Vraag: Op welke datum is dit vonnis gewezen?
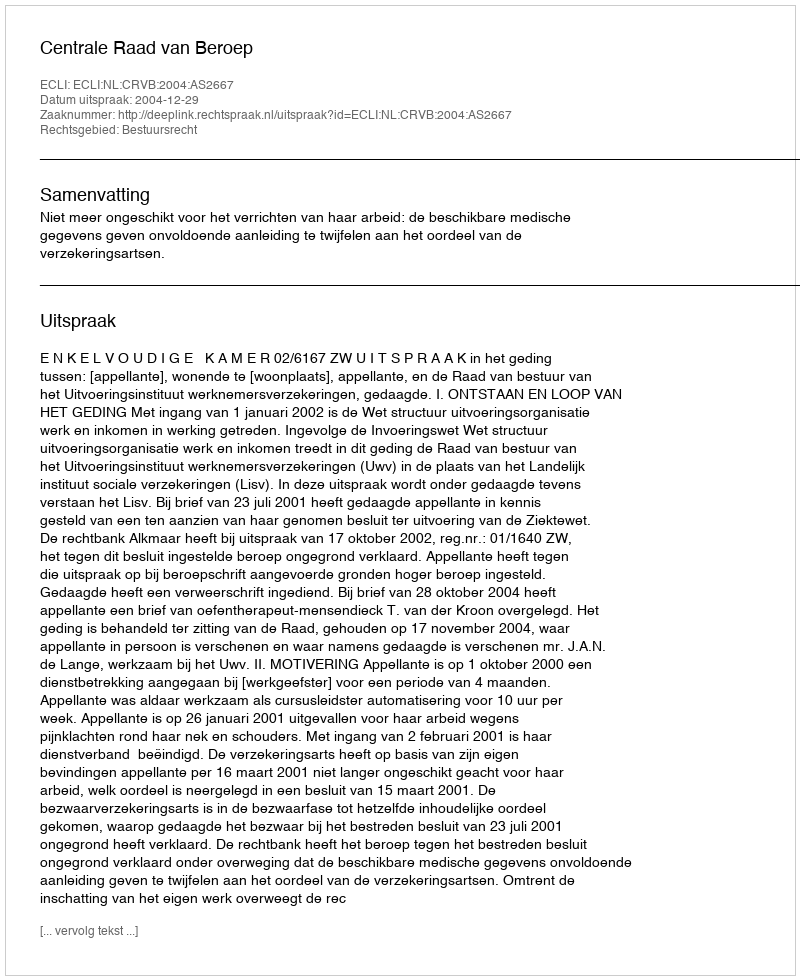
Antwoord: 2004-12-29